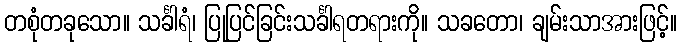
တစုံတခုသော။ သင်္ခါရံ၊ ပြုပြင်ခြင်းသင်္ခါရတရားကို။ သခတော၊ ချမ်းသာအားဖြင့်။